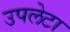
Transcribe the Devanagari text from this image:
उपलेटा